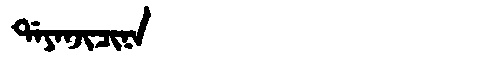
Manchu: ᡩᠠᠶᠠᠨᠵᡳᠴᡳᠨᠠ
Romanization: DAYANJICINA